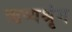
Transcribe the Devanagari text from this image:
ऋष्यश्रृंग